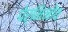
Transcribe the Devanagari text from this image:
पेर्मिनोव